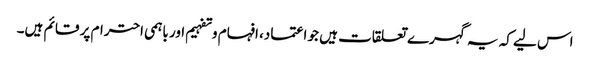
اس لیے کہ یہ گہرے تعلقات ہیں جو اعتماد، افہام وتفہیم اور باہمی احترام پر قائم ہیں۔